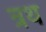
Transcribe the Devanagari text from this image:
त्रथ